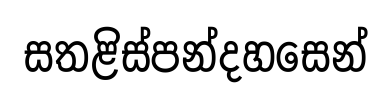
සතළිස්පන්දහසෙන්